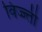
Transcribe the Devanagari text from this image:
विज्ज्ती